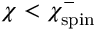
\chi < \chi _ { \mathrm { s p i n } } ^ { - }